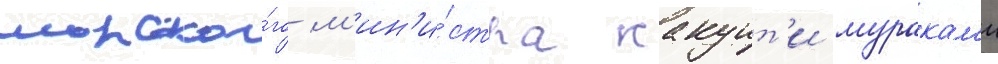
морско́го м'ин'и́стра какуит'и муракам'и